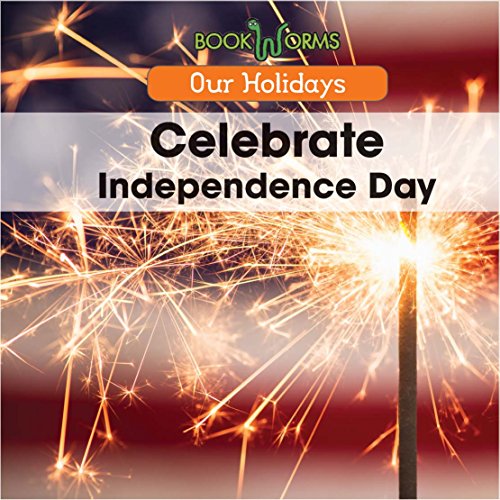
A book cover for Celebrate Independence Day (Our Holidays); Amy Hayes; Children's Books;